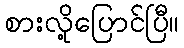
စားလို့ပြောင်ပြီ။